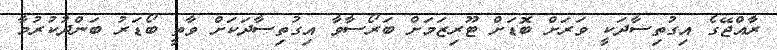
ރާއްޖޭގެ އިގުތިސާދަކީ ވަރަށް ބޮޑަށް ޓޫރިޒަމަށް ބަރޯސާވާ އިގުތިސާދަަކަށް ވާތީ ބޯޑަރު ބަންދުކުރުމާ